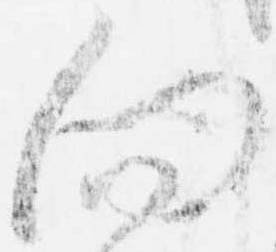
向